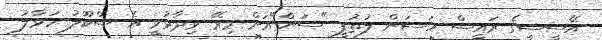
އޭސީސީގެ ރައީސް ހަސަން ލުތުފީ "ސަން"އަށް މިރޭ ވިދާޅުވީ އެ ސްކޫލު ހަވާލު